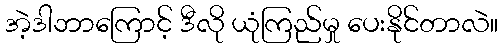
အဲ့ဒါဘာကြောင့် ဒီလို ယုံကြည်မှု ပေးနိုင်တာလဲ။